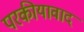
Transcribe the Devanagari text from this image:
परकीयावाद